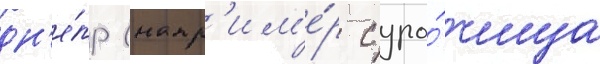
дн'е́пр (напр'им'е́р с уро́чища